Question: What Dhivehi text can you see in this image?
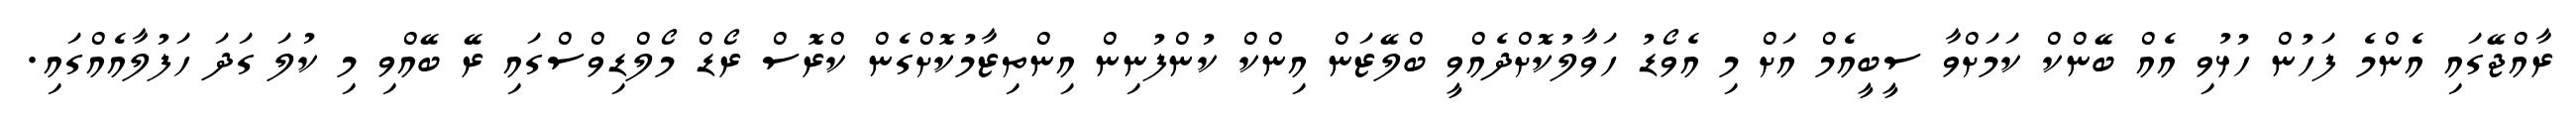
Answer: ރާއްޖޭގައި އެންމެ ފަހުން ހުޅުވި އެއް ބޭންކް ކަމަށްވާ ސީބީއެމް އަށް މި އެވޯޑު ހަވާލުކޮށްދެއްވީ ބްލޭޒަން އިންކް ކުންފުނިން އިންތިޒާމުކޮށްގެން ކްރޮސް ރޯޑް މޯލްޑިވްސްގައި ރޭ ބޭއްވި މި ކުލަ ގަދަ ހަފުލާއެއްގައި.